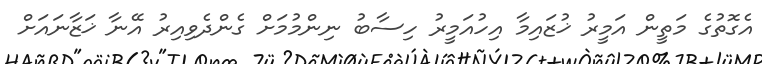
އެގޮތުގެ މަތީން އަމީރު ޚުޒައިމާ އިހުއަމީރު ހިސާބު ނިންމުމަށް ގެންދެވިއިރު އޭނާ ޚަޒާނައަށް